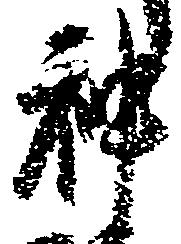
神